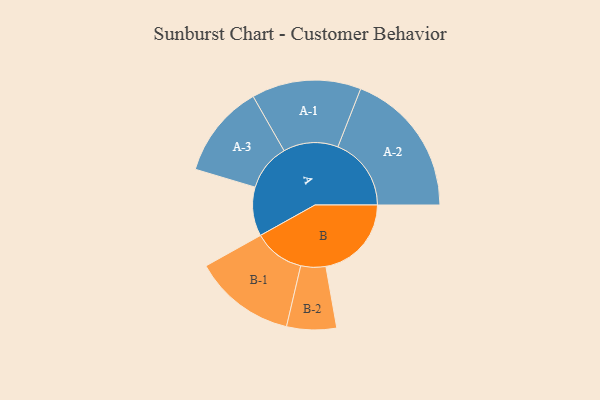
{"axis": {"x": "Segment", "y": "Value"}, "legend": ["", "A", "B"], "data": [{"x": "A", "y": 197, "type": ""}, {"x": "B", "y": 344, "type": ""}, {"x": "A-1", "y": 220, "type": "A"}, {"x": "A-2", "y": 295, "type": "A"}, {"x": "A-3", "y": 188, "type": "A"}, {"x": "B-1", "y": 205, "type": "B"}, {"x": "B-2", "y": 100, "type": "B"}]}